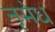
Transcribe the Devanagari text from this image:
नृमेध